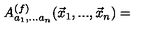
A _ { a _ { 1 } , . . . a _ { n } } ^ { ( f ) } ( \vec { x } _ { 1 } , . . . , \vec { x } _ { n } ) =